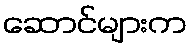
ဆောင်များက